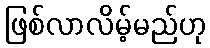
ဖြစ်လာလိမ့်မည်ဟု